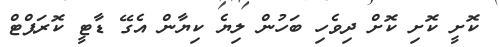
ކޮށީ ކޮށި ކޮށް ދިވެހި ބަހުން ލިޔެ ކިޔާން އެގޭ ޑާޓީ ކޮރަޕްޓް